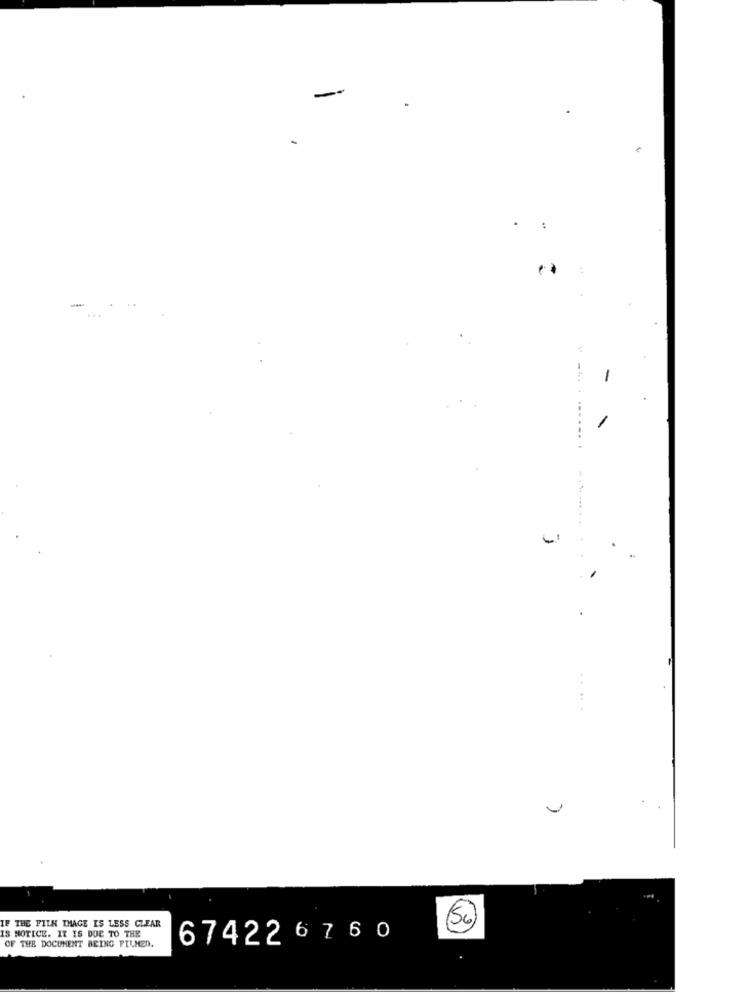
-
-
-
IF THE FILH IMAGE IS LESS CLEAR
156)
IS NOTICE. IT IS DOC TO THE
OF THE DOCUMENT BEING PILMED.
67422 6 7 6 0